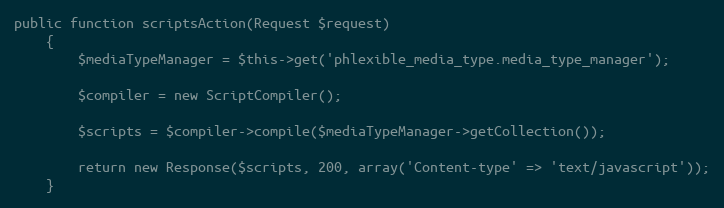
Language: PHP
public function scriptsAction(Request $request)
    {
        $mediaTypeManager = $this->get('phlexible_media_type.media_type_manager');

        $compiler = new ScriptCompiler();

        $scripts = $compiler->compile($mediaTypeManager->getCollection());

        return new Response($scripts, 200, array('Content-type' => 'text/javascript'));
    }